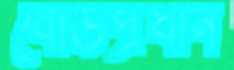
বোর্ডপ্রধান